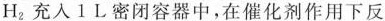
H_{2}充入1L密闭容器中，在催化剂作用下反